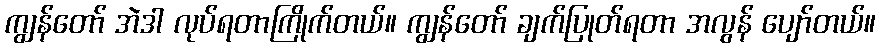
ကျွန်တော် အဲဒါ လုပ်ရတာကြိုက်တယ်။ ကျွန်တော် ချက်ပြုတ်ရတာ အလွန် ပျော်တယ်။